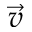
\vec { v }